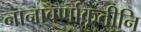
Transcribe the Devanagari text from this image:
नानावर्णाकृतीनि